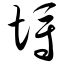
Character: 埒